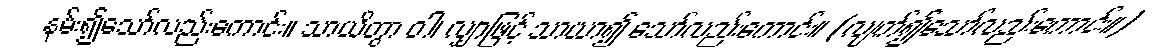
နမ်း၍သော်လည်းကောင်း။ သာယိတွာ ဝါ၊ လျှာဖြင့် သာယာ၍ သော်လည်းကောင်း။ (လျက်၍သော်လည်းကောင်း။)